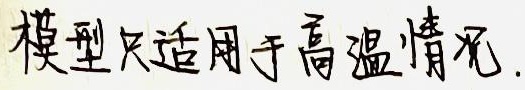
模型只适用于高温情况.